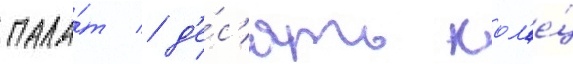
пала́т / д'е́с'ять кол'е́ц